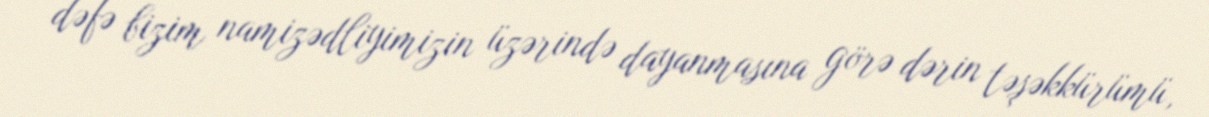
dəfə bizim namizədliyimizin üzərində dayanmasına görə dərin təşəkkürümü,